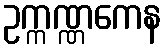
ဥက္ကဏ္ဏကေန